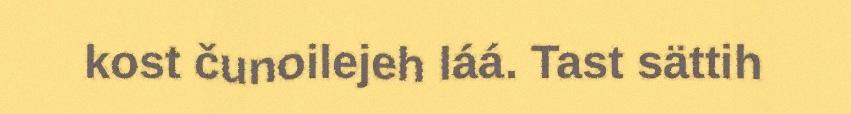
kost čunoilejeh láá. Tast sättih